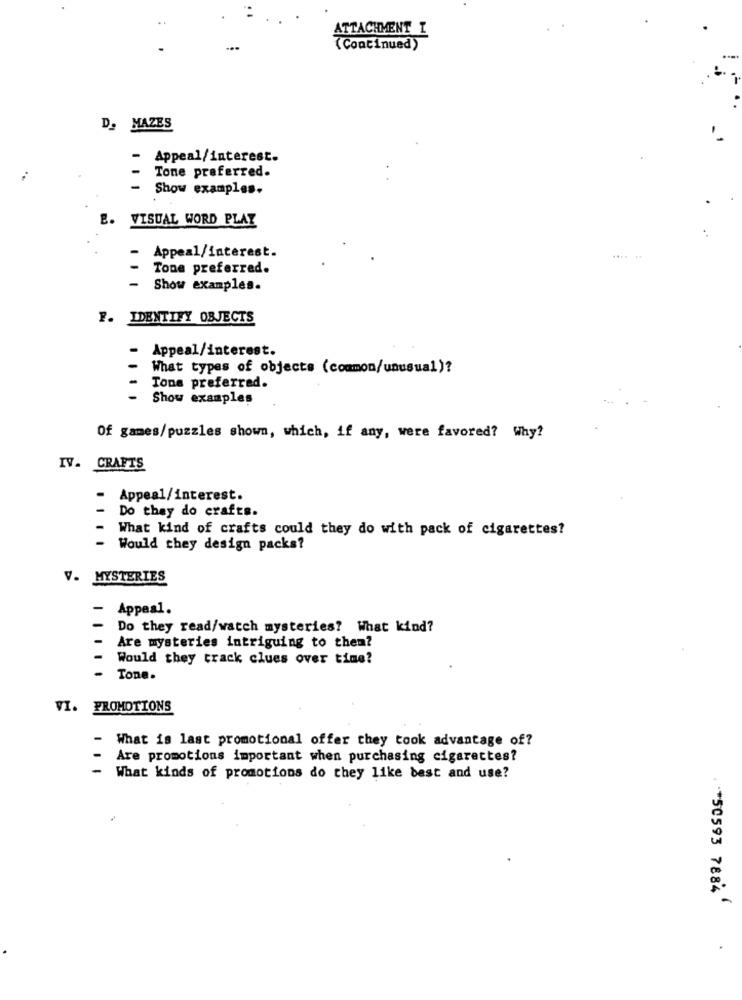
ATTACHMENT I
(Continued)
D. MAZES
- Appeal/interest.
- Tone preferred.
-
Show examples.
E. VISUAL WORD PLAY
-
Appeal/interest.
.... ..
Tone preferred.
-
Show examples.
F. IDENTIFY OBJECTS
-
Appeal/interest.
What types of objects (common/unusual )?
Tone preferred.
-
Show examples
Of games/puzzles shown, which, if any, were favored? Why?
IV. CRAFTS
-
Appeal/interest.
-
Do they do crafts.
- What kind of crafts could they do with pack of cigarettes?
-
Would they design packs?
V. MYSTERIES
Appeal.
Do they read/watch mysteries? What kind?
Are mysteries intriguing to them?
Would they track clues over time?
Tone.
VI. PROMOTIONS
What is last promotional offer they took advantage of?
Are promotions important when purchasing cigarettes?
What kinds of promotions do they like best and use?
*50593 7884